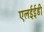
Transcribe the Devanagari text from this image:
एलईईडी